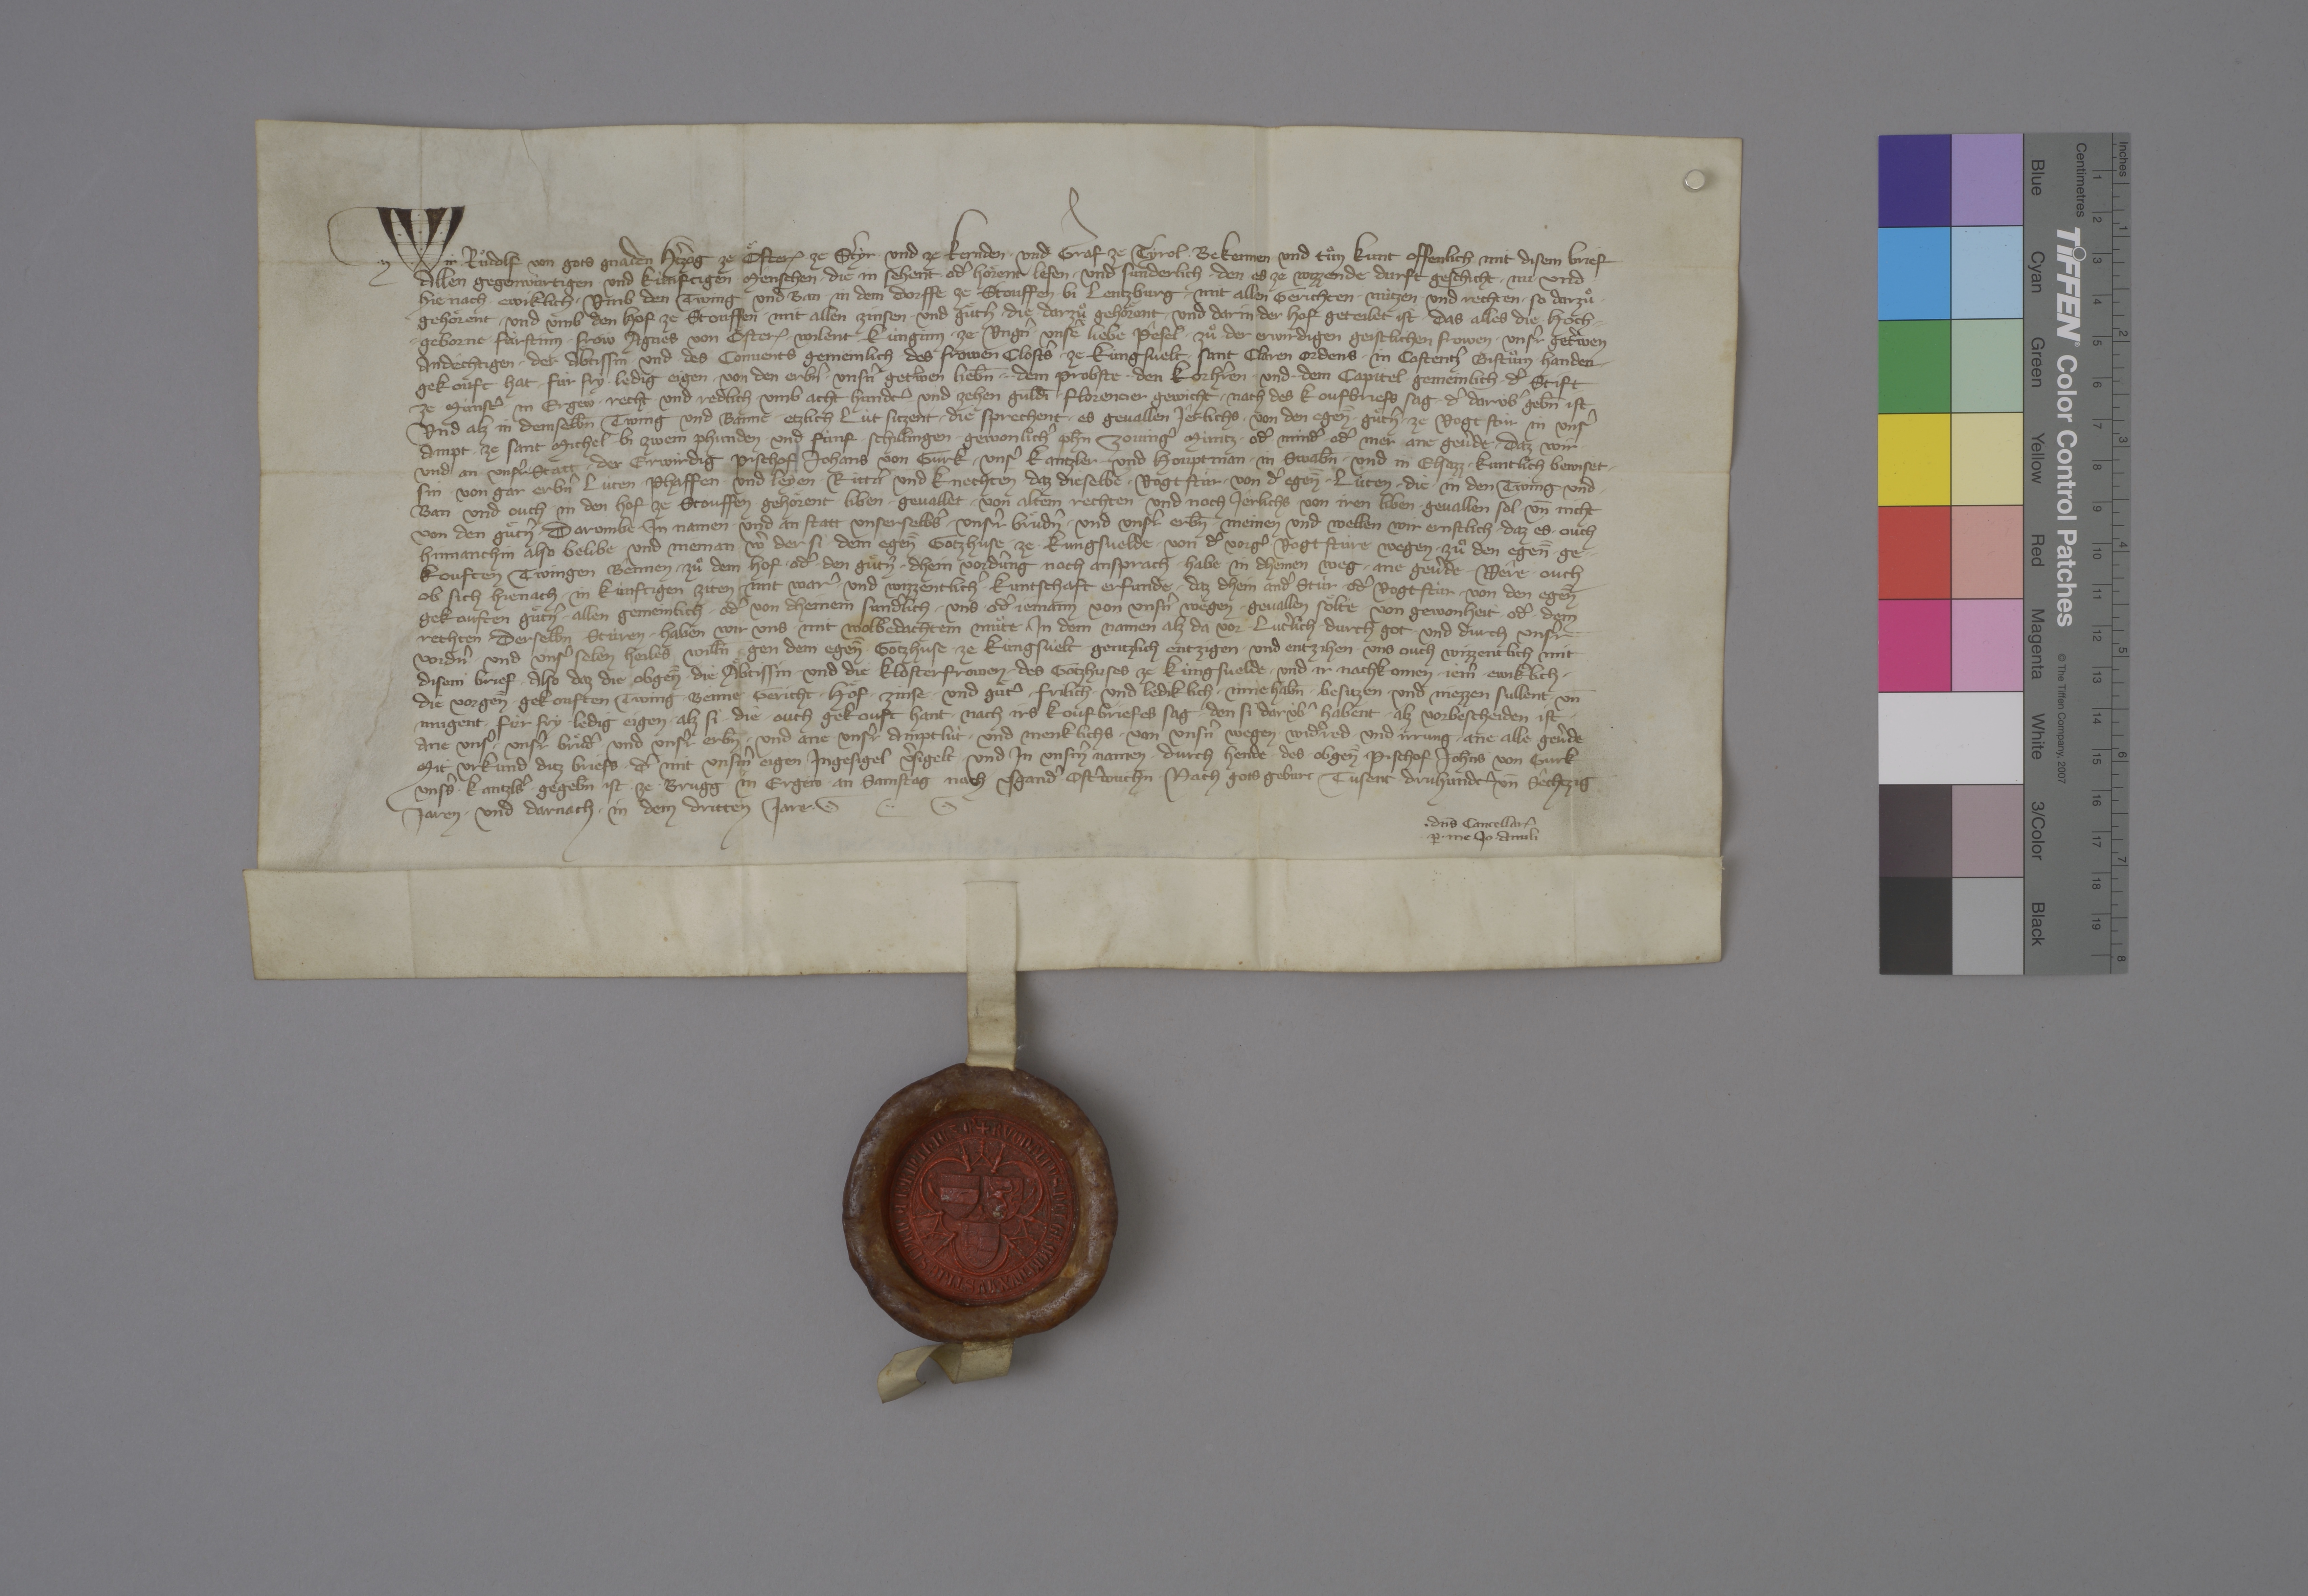
Transcription:
Wir, ✳ Ruͦdolf, von gots gnaden hˀtzog ze Oͤster₎, ✳ ze Styr ✳ und ze Kernden ✳ und graf ze Tyrol, ✳ bekennen ✳ und tuͦn kunt offenlich mit disem brief
allen gegenwùrtigen ✳ und kùnftigen ✳ mênschen, ✳ die in sehent ✳ odˀ hoͤrent lesen, ✳ und sunderlich ✳ den ✳ es ze wizzende durft geschicht ✳ nu und ✳
hie nach ✳ ewiklich ✳ umb den twing und ban ✳ in dem dorffe ze Stouffen ✳ bi Lentzburg ✳ mit allen gerichten, ✳ nùtzen ✳ und rechten, ✳ so darzuͦ ✳
gehoͤrent, ✳ und umb den hof ze Stouffen ✳ mit allen zinsen ✳ und guͤtˀn, ✳ die ✳ darzuͦ gehoͤrent ✳ und darin ✳ der hof geteilet ist, ✳ das ✳ alles die ✳ hoch¬
geborne ✳ fùrstinn, ✳ fröw Agnes ✳ von Oͤster₎, ✳ wilent kùnginn ✳ ze Ungˀn, ✳ unseˀ liebe pêsel, ✳ zuͦ ✳ der erwirdigen, geistlichen frowen, ✳ unsˀr getˀwen,
andêchtigen ✳ der aͤbtissin ✳ und ✳ des convents gemeinlich ✳ des frowen clostˀs ✳ ze Kùngsvelt, ✳ Sant Claren ordens, ✳ in Costentzˀ bistuͦm, ✳ handen ✳
gekouft hat ✳ fùr fry, ✳ ledig eigen ✳ von den erbˀn, ✳ unsˀn getˀwen, liebn̄ ✳ ✳ dem probste, ✳ ✳ den korhˀren ✳ und ✳ ✳ dem capitel ✳ gemeinlich ✳ dˀ stift
ze ✳ Mùnstˀ ✳ in Ergew ✳ recht ✳ und redlich ✳ umb acht hundˀt und zehen guldī ✳ Florentier gewicht ✳ nach des koufbriefs sag, ✳ dˀ darùbˀ gebn̄ ist.
und alz in demselbn̄ twing und banne ✳ etzlich lùt sitzent, ✳ die sprechent, ✳ es gevallen jêrlichs ✳ von den egen̄̄ ✳ guͤtˀn ✳ ze vogt stùr ✳ in unsˀ
ampt ✳ ze Sant Michel ✳ bi zwein phunden ✳ und fùnf ✳ schillingen ✳ gewonlichˀ phn̄ Zovingˀ mùntz ✳ odˀ ✳ mindˀ ✳ odˀ ✳ mer ane gevˀde, ✳ daz ✳ wir, ✳
und an unsˀr ✳ statt ✳ der erwirdig pischof Johans von Gurk, ✳ unsˀ kantzler ✳ und houptman ✳ in Swabn̄ ✳ und in Elsazz, ✳ kuntlich bewiset ✳
sin ✳ von gar erbˀn lùten, ✳ phaffen ✳ und leyen, ✳ rittˀn und knechten, ✳ daz dieselbe ✳ vogtstùr ✳ von dˀ egen̄̄ ✳ lùten, ✳ die ✳ in den twing ✳ und ✳
ban ✳ und ouch ✳ in den hof ze Stouffen ✳ gehoͤrent, ✳ liben ✳ gevallet ✳ von altem rechten ✳ und noch jêrlichs ✳ von iren liben ✳ gevallen sol ✳ un̄ nicht
von den guͤtˀn. ✳ darumbe ✳ in namen ✳ und an statt unserselbˀs, ✳ unsˀr bruͦdˀn ✳ und unsˀr erbn̄ ✳ meinen und wellen wir ernstlich, ✳ daz es ✳ ouch
hinnanthin also belibe ✳ und nieman, ✳ wˀ der si, ✳ dem egen̄̄ gotzhuse ✳ ze ✳ Kungsvelde ✳ von dˀ vorgˀ ✳ vogtstùre wegen ✳ zuͦ den egen̄̄ ✳ ge¬
kouften twingen, bênnen, ✳ zuͦ dem hof ✳ odˀ ✳ den guͤtˀn ✳ dhein vordˀung noch ansprach ✳ habe ✳ in dheinen weg ✳ ane gevˀde. ✳ wêre ✳ ouch,
ob sich hienach ✳ in kùnftigen ziten ✳ mit warˀ ✳ und wizzentlichˀ ✳ kuntschaft erfunde, ✳ daz dhein andˀ stùr ✳ odˀ vogtstùr ✳ von den egen̄̄
gekouften guͤtˀn ✳ allen gemeinlich ✳ odˀ von dheinem sundˀlich ✳ uns ✳ odˀ ✳ jemann ✳ von unsˀn wêgen ✳ gevallen soͤlte ✳ von gewonheit ✳ odˀ ✳ dem
rechten, ✳ derselbn̄ stùren ✳ haben wir uns ✳ mit wolbedachtem muͦte ✳ in dem namen alz da vor ✳ lutˀlich ✳ durch got ✳ und durch unsˀr
vordˀn ✳ und unsˀ selen heiles willn̄ ✳ gen dem egen̄̄ ✳ gotzhuse ✳ ze Kùngsvelt ✳ gentzlich entzigen ✳ und entzihen ✳ uns ouch wizzentlich mit
disem brief, ✳ also daz die obgen̄̄ ✳ die aͤbtissin ✳ und die klosterfrowen ✳ des gotzhuses ✳ ze Kùngsvelde ✳ und ir nachkomen ✳ jemˀ ✳ ewiklich ✳
die vorgen̄̄ ✳ gekouften twing, ✳ bênne, ✳ gericht, ✳ hoͤf, ✳ zinse ✳ und guͤtˀ ✳ frilich ✳ und lediklich ✳ inne habn̄, ✳ besitzen ✳ und niezzen sullent ✳ un̄
mugent ✳ fùr fry, ✳ ledig eigen, ✳ alz si ✳ die ✳ ouch gekouft hant ✳ nach irs kouf briefes sag, ✳ den si dar ùbˀ habent, ✳ alz vorbescheiden ist, ✳
ane unsˀ, ✳ unsˀr bruͤdˀ ✳ und unsˀr erbn̄ ✳ und ane ✳ unsˀr amptlùt ✳ und menklichs ✳ von unsˀn wegen ✳ widˀred ✳ und irrung ✳ ane alle gevˀde.
mit urkùnd ditz briefs, ✳ dˀ mit unsˀm eigen ingesigel vˀsigelt ✳ und in unsˀm namen ✳ durch hende ✳ des ✳ obgen̄̄ pischof Joh̄ns von Gurk,
unsˀs ✳ kantzlˀs, ✳ gegebn̄ ist ✳ ze ✳ Brugg ✳ in Ergëw, ✳ an samstag nach usgandˀ ✳ ostˀwuchn̄, ✳ nach gots geburt tusent ✳ druhundˀt un̄ sêchtzig
jaren ✳ und darnach ✳ in dem dritten jare. ✳

✳ dn̄s cancellar₎
ꝑ ✳ me Io ✳ Anuli